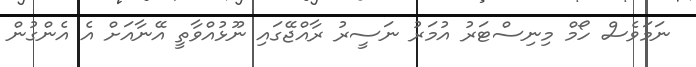
ނަމަވެސް ހޯމް މިނިސްޓަރު އުމަރު ނަސީރު ރާއްޖޭގައި ނޫޅުއްވާތީ އޭނާއަށް އެ އެންގުން